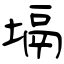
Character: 塥